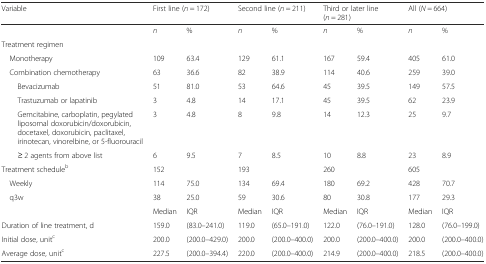
<table><thead><tr><td><b>Variable</b></td><td colspan="2"><b>First line (<i>n</i> = 172)</b></td><td colspan="2"><b>Second line (<i>n</i> = 211)</b></td><td colspan="2"><b>Third or later line (<i>n</i> = 281)</b></td><td colspan="2"><b>All (<i>N</i> = 664)</b></td></tr></thead><tbody><tr><td></td><td><i>n</i></td><td>%</td><td><i>n</i></td><td>%</td><td><i>n</i></td><td>%</td><td><i>n</i></td><td>%</td></tr><tr><td>Treatment regimen</td><td></td><td></td><td></td><td></td><td></td><td></td><td></td><td></td></tr><tr><td> Monotherapy</td><td>109</td><td>63.4</td><td>129</td><td>61.1</td><td>167</td><td>59.4</td><td>405</td><td>61.0</td></tr><tr><td> Combination chemotherapy</td><td>63</td><td>36.6</td><td>82</td><td>38.9</td><td>114</td><td>40.6</td><td>259</td><td>39.0</td></tr><tr><td>Bevacizumab</td><td>51</td><td>81.0</td><td>53</td><td>64.6</td><td>45</td><td>39.5</td><td>149</td><td>57.5</td></tr><tr><td>Trastuzumab or lapatinib</td><td>3</td><td>4.8</td><td>14</td><td>17.1</td><td>45</td><td>39.5</td><td>62</td><td>23.9</td></tr><tr><td>Gemcitabine, carboplatin, pegylated liposomal doxorubicin/doxorubicin, docetaxel, doxorubicin, paclitaxel, irinotecan, vinorelbine, or 5-fluorouracil</td><td>3</td><td>4.8</td><td>8</td><td>9.8</td><td>14</td><td>12.3</td><td>25</td><td>9.7</td></tr><tr><td>≥ 2 agents from above list</td><td>6</td><td>9.5</td><td>7</td><td>8.5</td><td>10</td><td>8.8</td><td>23</td><td>8.9</td></tr><tr><td>Treatment schedule<sup>b</sup></td><td>152</td><td></td><td>193</td><td></td><td>260</td><td></td><td>605</td><td></td></tr><tr><td> Weekly</td><td>114</td><td>75.0</td><td>134</td><td>69.4</td><td>180</td><td>69.2</td><td>428</td><td>70.7</td></tr><tr><td> q3w</td><td>38</td><td>25.0</td><td>59</td><td>30.6</td><td>80</td><td>30.8</td><td>177</td><td>29.3</td></tr><tr><td></td><td>Median</td><td>IQR</td><td>Median</td><td>IQR</td><td>Median</td><td>IQR</td><td>Median</td><td>IQR</td></tr><tr><td>Duration of line treatment, d</td><td>159.0</td><td>(83.0–241.0)</td><td>119.0</td><td>(65.0–191.0)</td><td>122.0</td><td>(76.0–191.0)</td><td>128.0</td><td>(76.0–199.0)</td></tr><tr><td>Initial dose, unit<sup>c</sup></td><td>200.0</td><td>(200.0–429.0)</td><td>200.0</td><td>(200.0–400.0)</td><td>200.0</td><td>(200.0–400.0)</td><td>200.0</td><td>(200.0–400.0)</td></tr><tr><td>Average dose, unit<sup>c</sup></td><td>227.5</td><td>(200.0–394.4)</td><td>220.0</td><td>(200.0–400.0)</td><td>214.9</td><td>(200.0–400.0)</td><td>218.5</td><td>(200.0–400.0)</td></tr></tbody></table>